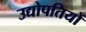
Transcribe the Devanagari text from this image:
उद्योपतियों